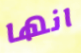
انها